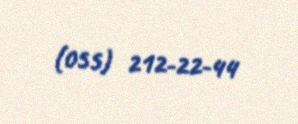
(055) 212-22-44